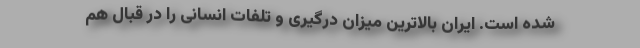
شده است. ایران بالاترین میزان درگیری و تلفات انسانی را در قبال هم